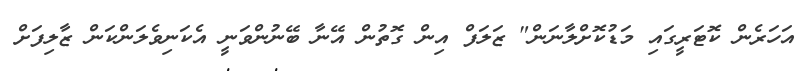
އަހަރެން ކޮޓަރީގައި މަޑުކޮށްލާނަން" ޒަލަފް އިން ގޮތުން އޭނާ ބޭނުންވަނީ އެކަނިވެލަންކަން ޒާލިފަށް